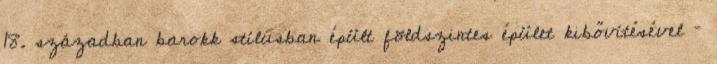
18. században barokk stílusban épült földszintes épület kibővítésével –